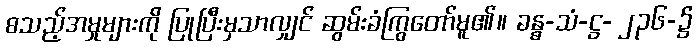
စသည့်အမှုများကို ပြုပြီးမှသာလျှင် ဆွမ်းခံကြွတော်မူ၏။ ခန္ဓ-သံ-ဋ္ဌ- ၂၃၆-၌